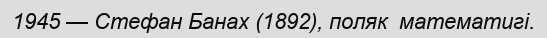
1945 — Стефан Банах (1892), поляк  математигі.